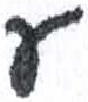
אות: ע